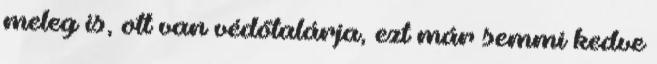
meleg is, ott van védőtalárja, ezt már semmi kedve